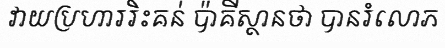
វាយប្រហាររិះគន់ ប៉ាគីស្ថានថា បានរំលោភ